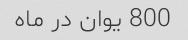
800 یوان در ماه